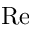
\mathrm { R e }